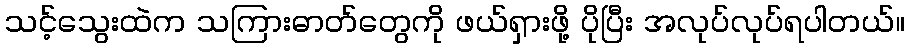
သင့်သွေးထဲက သကြားဓာတ်တွေကို ဖယ်ရှားဖို့ ပိုပြီး အလုပ်လုပ်ရပါတယ်။